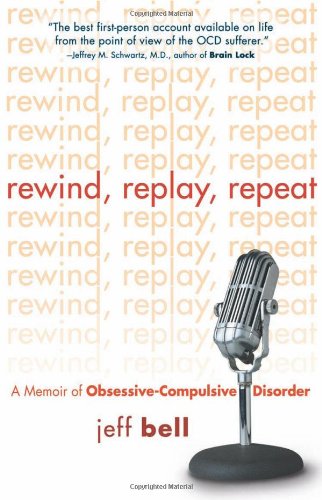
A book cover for Rewind Replay Repeat: A Memoir of Obsessive Compulsive Disorder; Jeff Bell; Health, Fitness & Dieting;